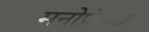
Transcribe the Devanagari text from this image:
मनोप्रेरणा